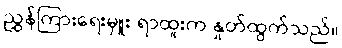
ညွှန်ကြားရေးမှူး ရာထူးက နှုတ်ထွက်သည်။